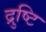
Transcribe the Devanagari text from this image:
द्रुष्टि